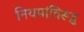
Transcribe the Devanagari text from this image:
नियमांविरूद्ध